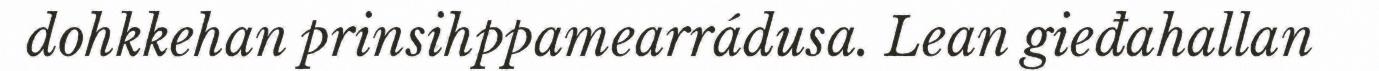
dohkkehan prinsihppamearrádusa. Lean gieđahallan